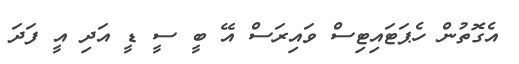
އެގޮތުން ހެޕަޓައިޓިސް ވައިރަސް އޭ ބީ ސީ ޑީ އަދި އީ ފަދަ